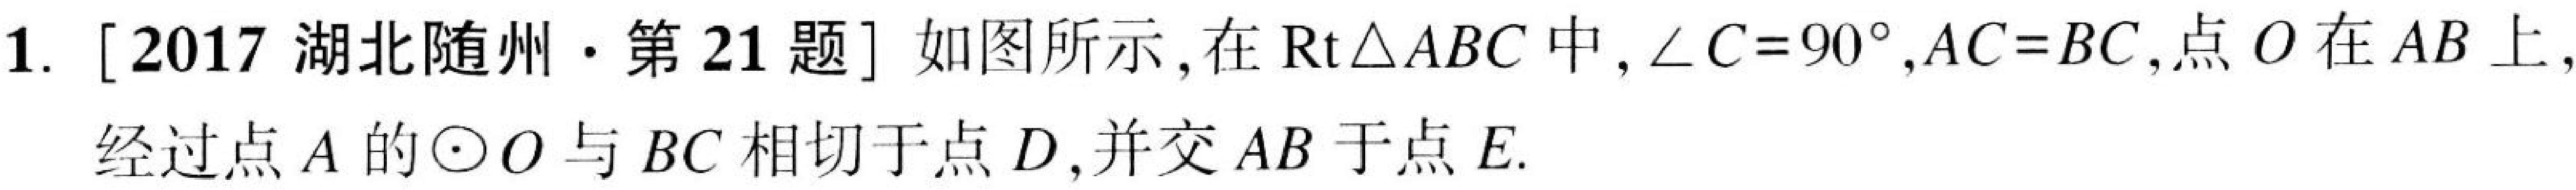
1. [2017 湖北随州·第 21 题] 如图所示, 在$\text{Rt}\triangle ABC$中,$\angle C = 90^{\circ},AC = BC$,点$O$在$AB$上,经过点$A$的$\odot O$与$BC$相切于点$D$,并交$AB$于点$E$.